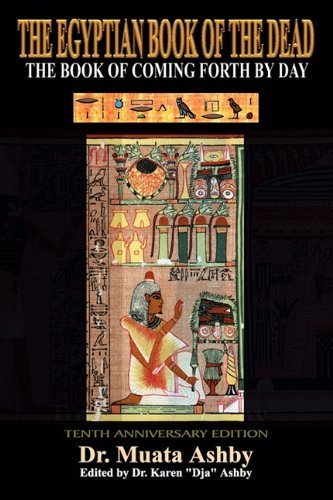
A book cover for Ancient Egyptian Book of the Dead by Ashby, Muata (2000) Hardcover; Muata Ashby; Religion & Spirituality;